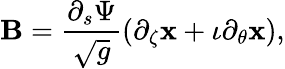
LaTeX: \mathbf{B}=\frac{\partial_{s}\Psi}{\sqrt{g}}\left(\partial_{\zeta}\mathbf{x}+\iota\partial_{\theta}\mathbf{x}\right),